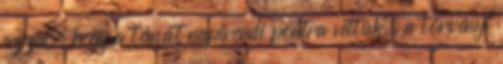
azzal, hogy a témát napirendi pontra vettük, a törvényi